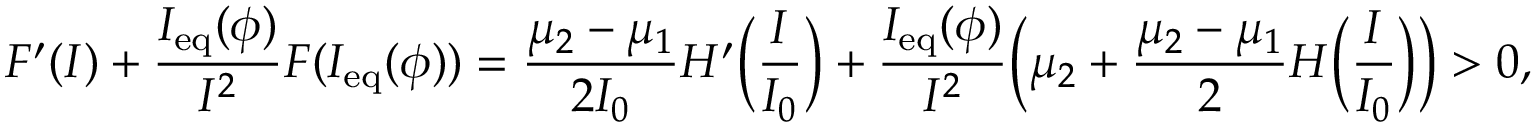
F ^ { \prime } ( I ) + \frac { I _ { \mathrm { e q } } ( \phi ) } { I ^ { 2 } } F ( I _ { \mathrm { e q } } ( \phi ) ) = \frac { \mu _ { 2 } - \mu _ { 1 } } { 2 I _ { 0 } } H ^ { \prime } \Big ( \frac { I } { I _ { 0 } } \Big ) + \frac { I _ { \mathrm { e q } } ( \phi ) } { I ^ { 2 } } \Big ( \mu _ { 2 } + \frac { \mu _ { 2 } - \mu _ { 1 } } { 2 } H \Big ( \frac { I } { I _ { 0 } } \Big ) \Big ) > 0 ,